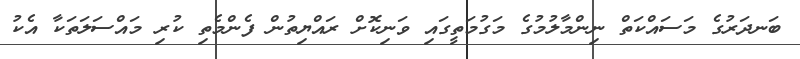
ބަނދަރުގެ މަސައްކަތް ނިންމާލުމުގެ މަގުމަތީގައި ވަނިކޮށް ރައްޔިތުން ފެންމެތި ކުރި މައްސަލަތަކާ އެކު